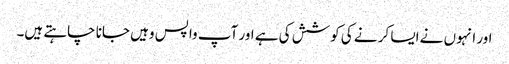
اور انہوں نے ایسا کر نے کی کوشش کی ہے اور آپ واپس وہیں جانا چاہتے ہیں۔